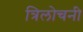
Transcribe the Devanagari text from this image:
त्रिलोचनी